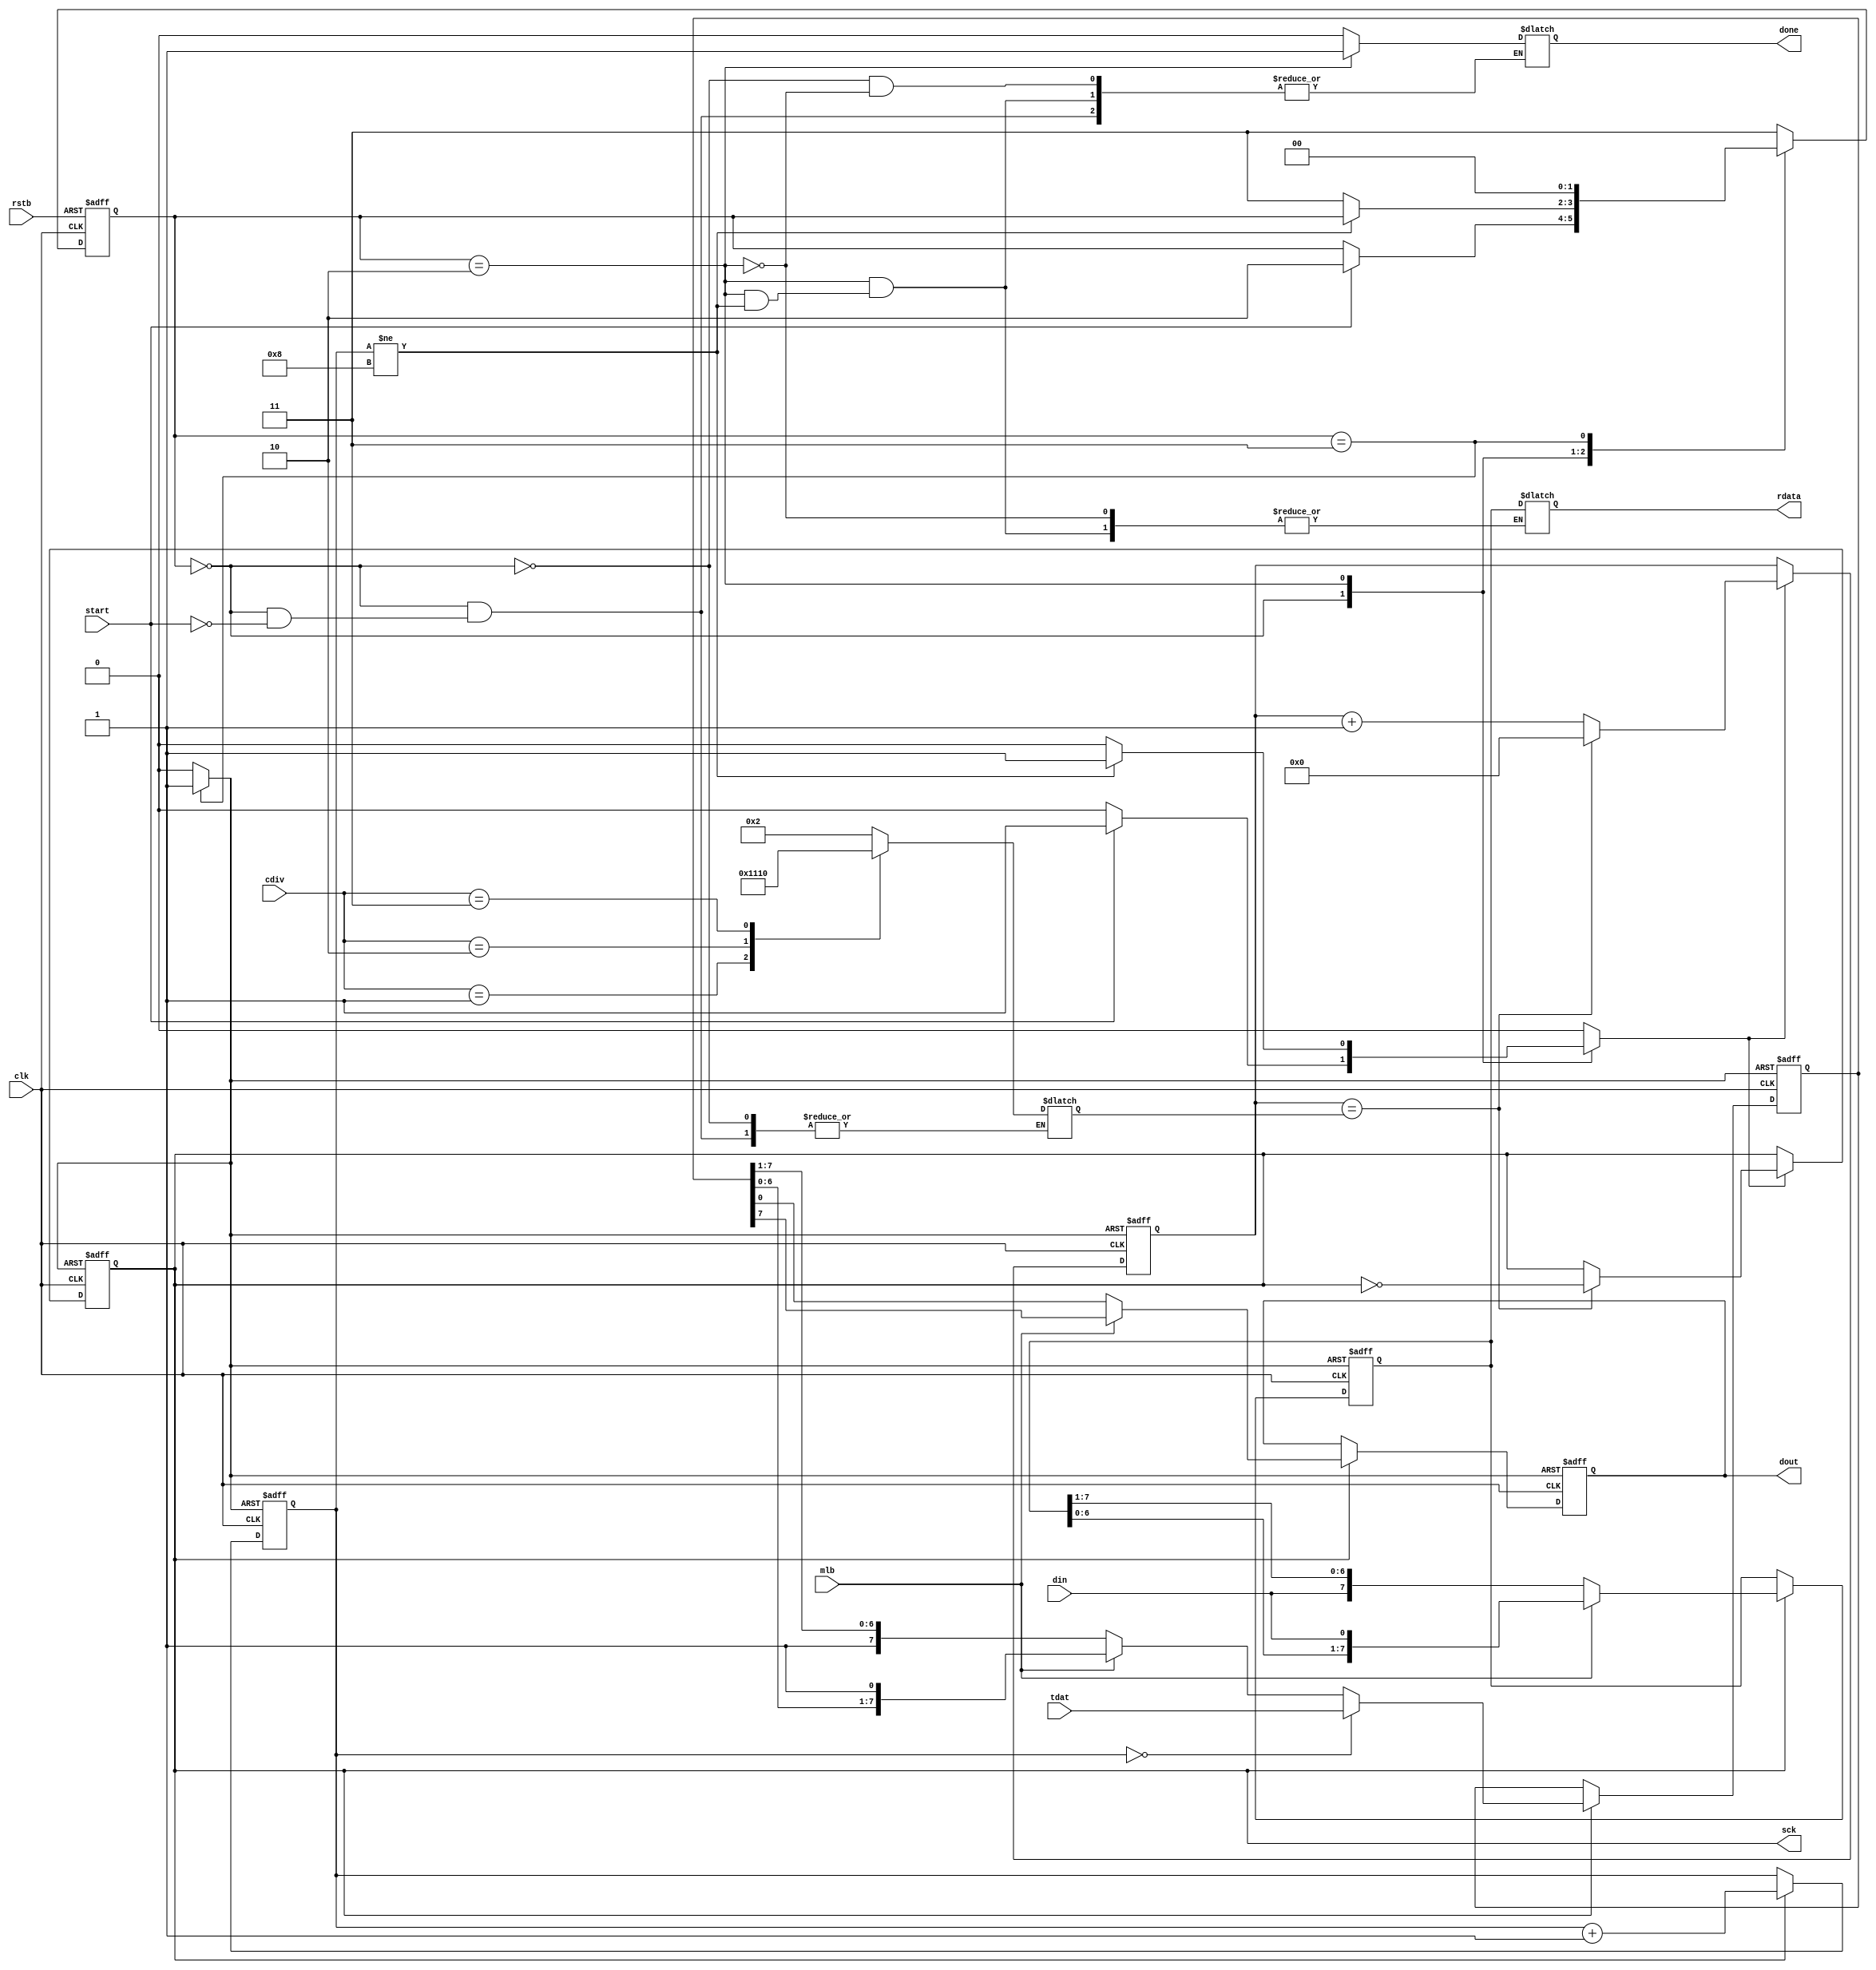
`timescale 1ns / 1ps
//////////////////////////////////////////////////////////////////////////////////
// Company:
// Engineer:
//
// Design Name:
// Module Name: spi_master
// Project Name:
// Target Devices:
// Tool Versions:
// Description:
//
// Dependencies:
//
// Revision:
// Revision 0.01 - File Created
// Additional Comments:
//
//////////////////////////////////////////////////////////////////////////////////
/*
 rstb : active low asyn reset
 mlb=0 lsb first ,  mlb=1 msb first
 start=1 data send sart
 cdiv=0 1/4, cdiv=1 1/8,  =2 1/16, =3 1/32
 */

module spi_master
  (
   input            rstb,
   input            clk,
   input            mlb,
   input            start,
   input [7:0]      tdat, //tranmit data
   input [1:0]      cdiv, //clock divider
   input            din,
   //output reg [0:0] ss,
   output reg       sck,
   output reg       dout,
   output reg       done,
   output reg [7:0] rdata
   );

   parameter idle   = 2'b00;
   parameter send   = 2'b10;
   parameter finish = 2'b11;
   reg [1:0]        cur,nxt;

   reg [7:0]        treg,rreg;
   reg [3:0]        nbit;
   reg [4:0]        mid,cnt;
   reg              shift,clr;

   //FSM i/o
   always @(start or cur or nbit or cdiv or rreg)
     begin
        nxt=cur;
        clr=1'b0;
        shift=0;//ss=0;
        case(cur)
          idle:begin
             if(start==1)
               begin
                  case (cdiv)
                    2'b00: mid=2;
                    2'b01: mid=4;
                    2'b10: mid=8;
                    2'b11: mid=16;
                  endcase
                  shift=1;
                  done=1'b0;
                  nxt=send;
               end
          end //idle
          send:begin
             //ss=0;
             if(nbit!=8)
               begin shift=1; end
             else begin
                rdata=rreg;
                done=1'b1;
                nxt=finish;
             end
          end//send
          finish:begin
             shift=0;
             //ss=1;
             clr=1'b1;
             nxt=idle;
          end
          default: nxt=finish;
        endcase
     end//always

   //state transistion
   always@(negedge clk or negedge rstb)
     begin
        if(rstb==0)
          cur<=finish;
        else
          cur<=nxt;
     end

   `ifdef ORIGIN
   //setup falling edge (shift dout) sample rising edge (read din)
   always@(negedge clk or posedge clr) begin
      if(clr==1)
        begin cnt=0; sck=1; end
      else begin
         if(shift==1) begin
            cnt=cnt+1;
            if(cnt==mid) begin
               sck=~sck;
               cnt=0;
            end //mid
         end //shift
      end //rst
   end //always

   //sample @ rising edge (read din)
   always@(posedge sck or posedge clr ) begin // or negedge rstb
      if(clr==1)  begin
         nbit=0;
         rreg=8'hFF;
      end
      else begin
         if(mlb==0) //LSB first, din@msb -> right shift
           begin  rreg={din,rreg[7:1]};  end
         else  //MSB first, din@lsb -> left shift
           begin  rreg={rreg[6:0],din};  end
         nbit=nbit+1;
      end //rst
   end //always

   always@(negedge sck or posedge clr)
     begin
        if(clr==1) begin
           treg=8'hFF;  dout=1;
        end
        else begin
           if(nbit==0) begin //load data into TREG
              treg=tdat; dout=mlb?treg[7]:treg[0];
           end //nbit_if
           else begin
              if(mlb==0) //LSB first, shift right
                begin treg={1'b1,treg[7:1]}; dout=treg[0]; end
              else//MSB first shift LEFT
                begin treg={treg[6:0],1'b1}; dout=treg[7]; end
           end
        end //rst
     end //always

   `else
   //setup falling edge (shift dout) sample rising edge (read din)
   always@(negedge clk or posedge clr) begin
      if(clr) begin
         cnt <= 5'h0;
         sck <= 1'b1;
      end
      else begin
         if(shift) begin
            cnt <= cnt + 1;
            if(cnt == mid) begin
               sck <= ~sck;
               cnt <= 0;
            end //mid
         end //shift
      end //rst
   end //always

   //sample @ rising edge (read din)
   always@(posedge clk or posedge clr ) begin // or negedge rstb
      if(clr)  begin
         nbit <= 0;
         rreg <= 8'hFF;
      end
      else begin
         if(sck) begin
            if(mlb == 0) //LSB first, din@msb -> right shift
              rreg <= {din,rreg[7:1]};
            else  //MSB first, din@lsb -> left shift
              rreg <= {rreg[6:0],din};
            nbit <= nbit + 1;
         end
      end //rst
   end //always

   always@(negedge clk or posedge clr) begin
      if(clr) begin
         treg <= 8'hFF;
         dout <= 1'b1;
      end
      else begin
         if(sck)begin
            if(nbit ==0 ) begin //load data into TREG
               treg <= tdat;
               dout <= mlb ? treg[7] : treg[0];
            end //nbit_if
            else begin
               if(mlb == 0) begin //LSB first, shift right
                  treg <= {1'b1,treg[7:1]};
                  dout <= treg[0];
               end
               else begin //MSB first shift LEFT
                  treg <= {treg[6:0],1'b1};
                  dout <= treg[7];
               end
            end
         end // if (sck)
      end //rst
   end //always

   `endif
endmodule